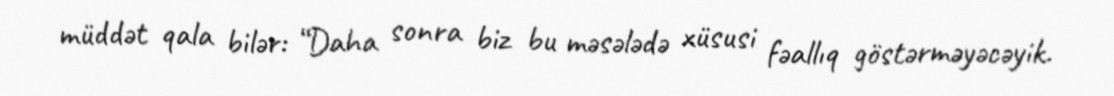
müddət qala bilər: “Daha sonra biz bu məsələdə xüsusi fəallıq göstərməyəcəyik.